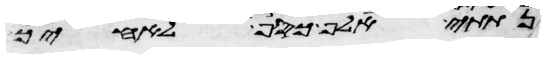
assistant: נתתי אלף כסף לאחיך